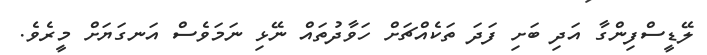
ލޭޑީސްފިންގާ އަދި ބަށި ފަދަ ތަކެއްޗަށް ހަވާދުތައް ނޭޅި ނަމަވެސް އަނގަޔަށް މީރެވެ.